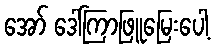
အော် ဒေါ်ကြာဖြူမြေးပေါ့